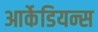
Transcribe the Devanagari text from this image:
आर्केडियन्स